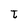
Character: t